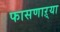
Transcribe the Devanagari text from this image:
फासणाऱ्या